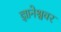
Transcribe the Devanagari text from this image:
ज्ञानेश्ववर